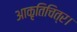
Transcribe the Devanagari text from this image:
आकृतिचित्र।